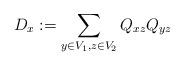
LaTeX: \begin{align*} D_x := \sum_{y \in V_1, z\in V_2} Q_{xz} Q_{yz}\end{align*}